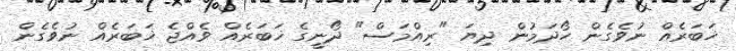
ޚަބަރެއް ނުވެގެން ހޯދަމުން ދިޔަ "ރިއްމަސް" ދޯނީގެ ޚަބަރެއް ވެއްޖެ ޚަބަރެއް ނުވެގެން